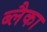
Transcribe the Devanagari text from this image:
ब्लैका